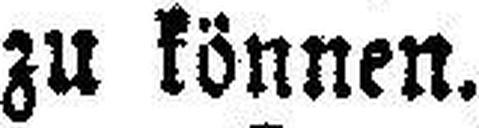
zu können.